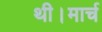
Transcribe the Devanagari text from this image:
थी।मार्च